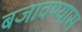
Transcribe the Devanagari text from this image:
बजावण्यास